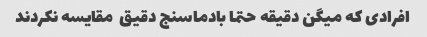
افرادی که میگن دقیقه حتما بادماسنج دقیق  مقایسه نکردند